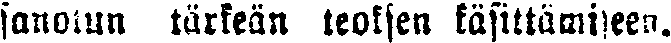
sanotun tärkeän teoksen käsittämiseen.